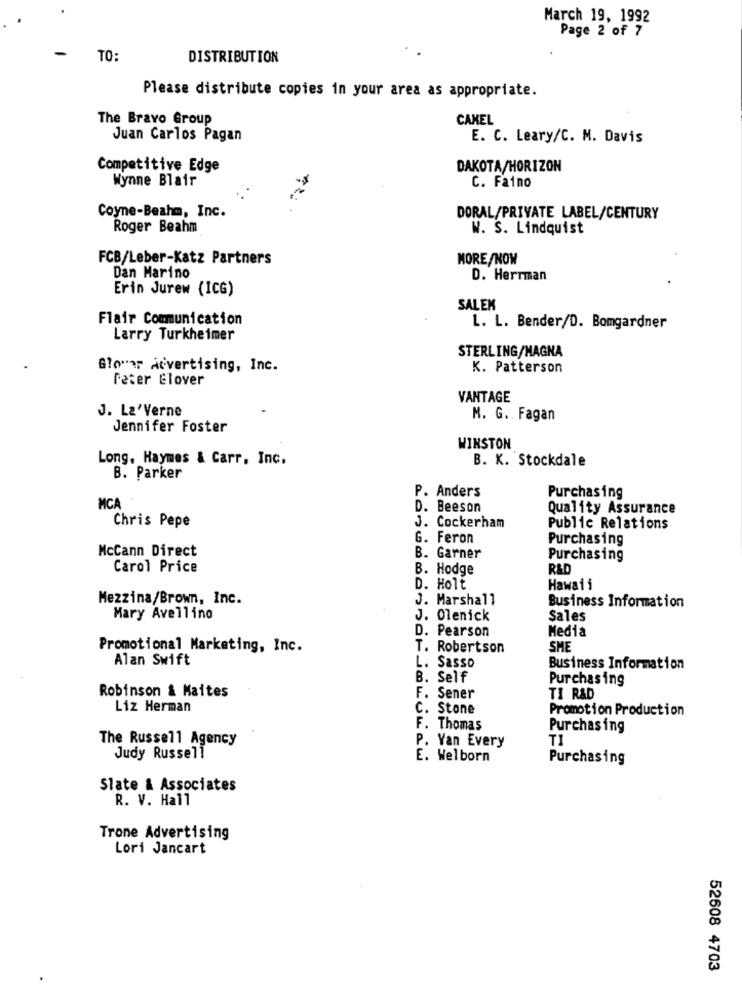
March 19, 1992
Page 2 of 7
TO:
DISTRIBUTION
Please distribute copies in your area as appropriate.
The Bravo Group
CAMEL
Juan Carlos Pagan
E. C. Leary/C. M. Davis
Competitive Edge
DAKOTA/HORIZON
Wynne Blair
C. Faino
Coyne-Beahm, Inc.
DORAL/PRIVATE LABEL/CENTURY
Roger Beahm
W. S. Lindquist
FCB/Leber-Katz Partners
MORE/NOM
Dan Marino
D. Herrman
Erin Jurew (ICG)
SALEK
Flair Communication
L. L. Bender/D. Bomgardner
Larry Turkheimer
STERLING/MAGNA
Glomar Advertising, Inc.
K. Patterson
Peter Elover
VANTAGE
J. La'Verne
M. G .. Fagan
Jennifer Foster
WINSTON
Long, Haymes & Carr, Inc.
B. K. Stockdale
B. Parker
P. Anders
Purchasing
MCA
D. Beeson
Quality Assurance
Chris Pepe
J. Cockerham
Public Relations
G. Feron
Purchasing
McCann Direct
B. Garner
Purchasing
Carol Price
B. Hodge
R&D
D. Holt
Hawaii
Mezzina/Brown, Inc.
J. Marshall
Business Information
Mary Avellino
J. Olenick
Sales
Media
D. Pearson
Promotional Marketing, Inc.
T. Robertson
SME
Alan Swift
L. Sasso
Business Information
B. Self
Purchasing
Robinson & Maites
F. Sener
TI RAD
Liz Herman
c. Stone
Promotion Production
F. Thomas
Purchasing
The Russell Agency
P. Van Every
TI
Judy Russell
E. Welborn
Purchasing
Slate & Associates
R. V. Hall
Trone Advertising
Lori Jancart
52608 4703